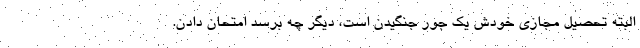
البته تحصیل مجازی خودش یک جور جنگیدن است، دیگر چه برسد امتحان دادن.